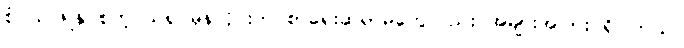
စံပယ်ဖြူနု စတဲ့ သရုပ်မှန်လိုင်းက စာရေးဆရာမတွေလည်း အများအပြား ရှိပါတယ်။